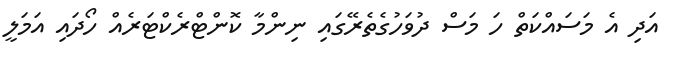
އަދި އެ މަސައްކަތް ހަ މަސް ދުވަހުގެތެރޭގައި ނިންމާ ކޮންޓްރެކްޓަރެއް ހޯދައި އަމަލީ